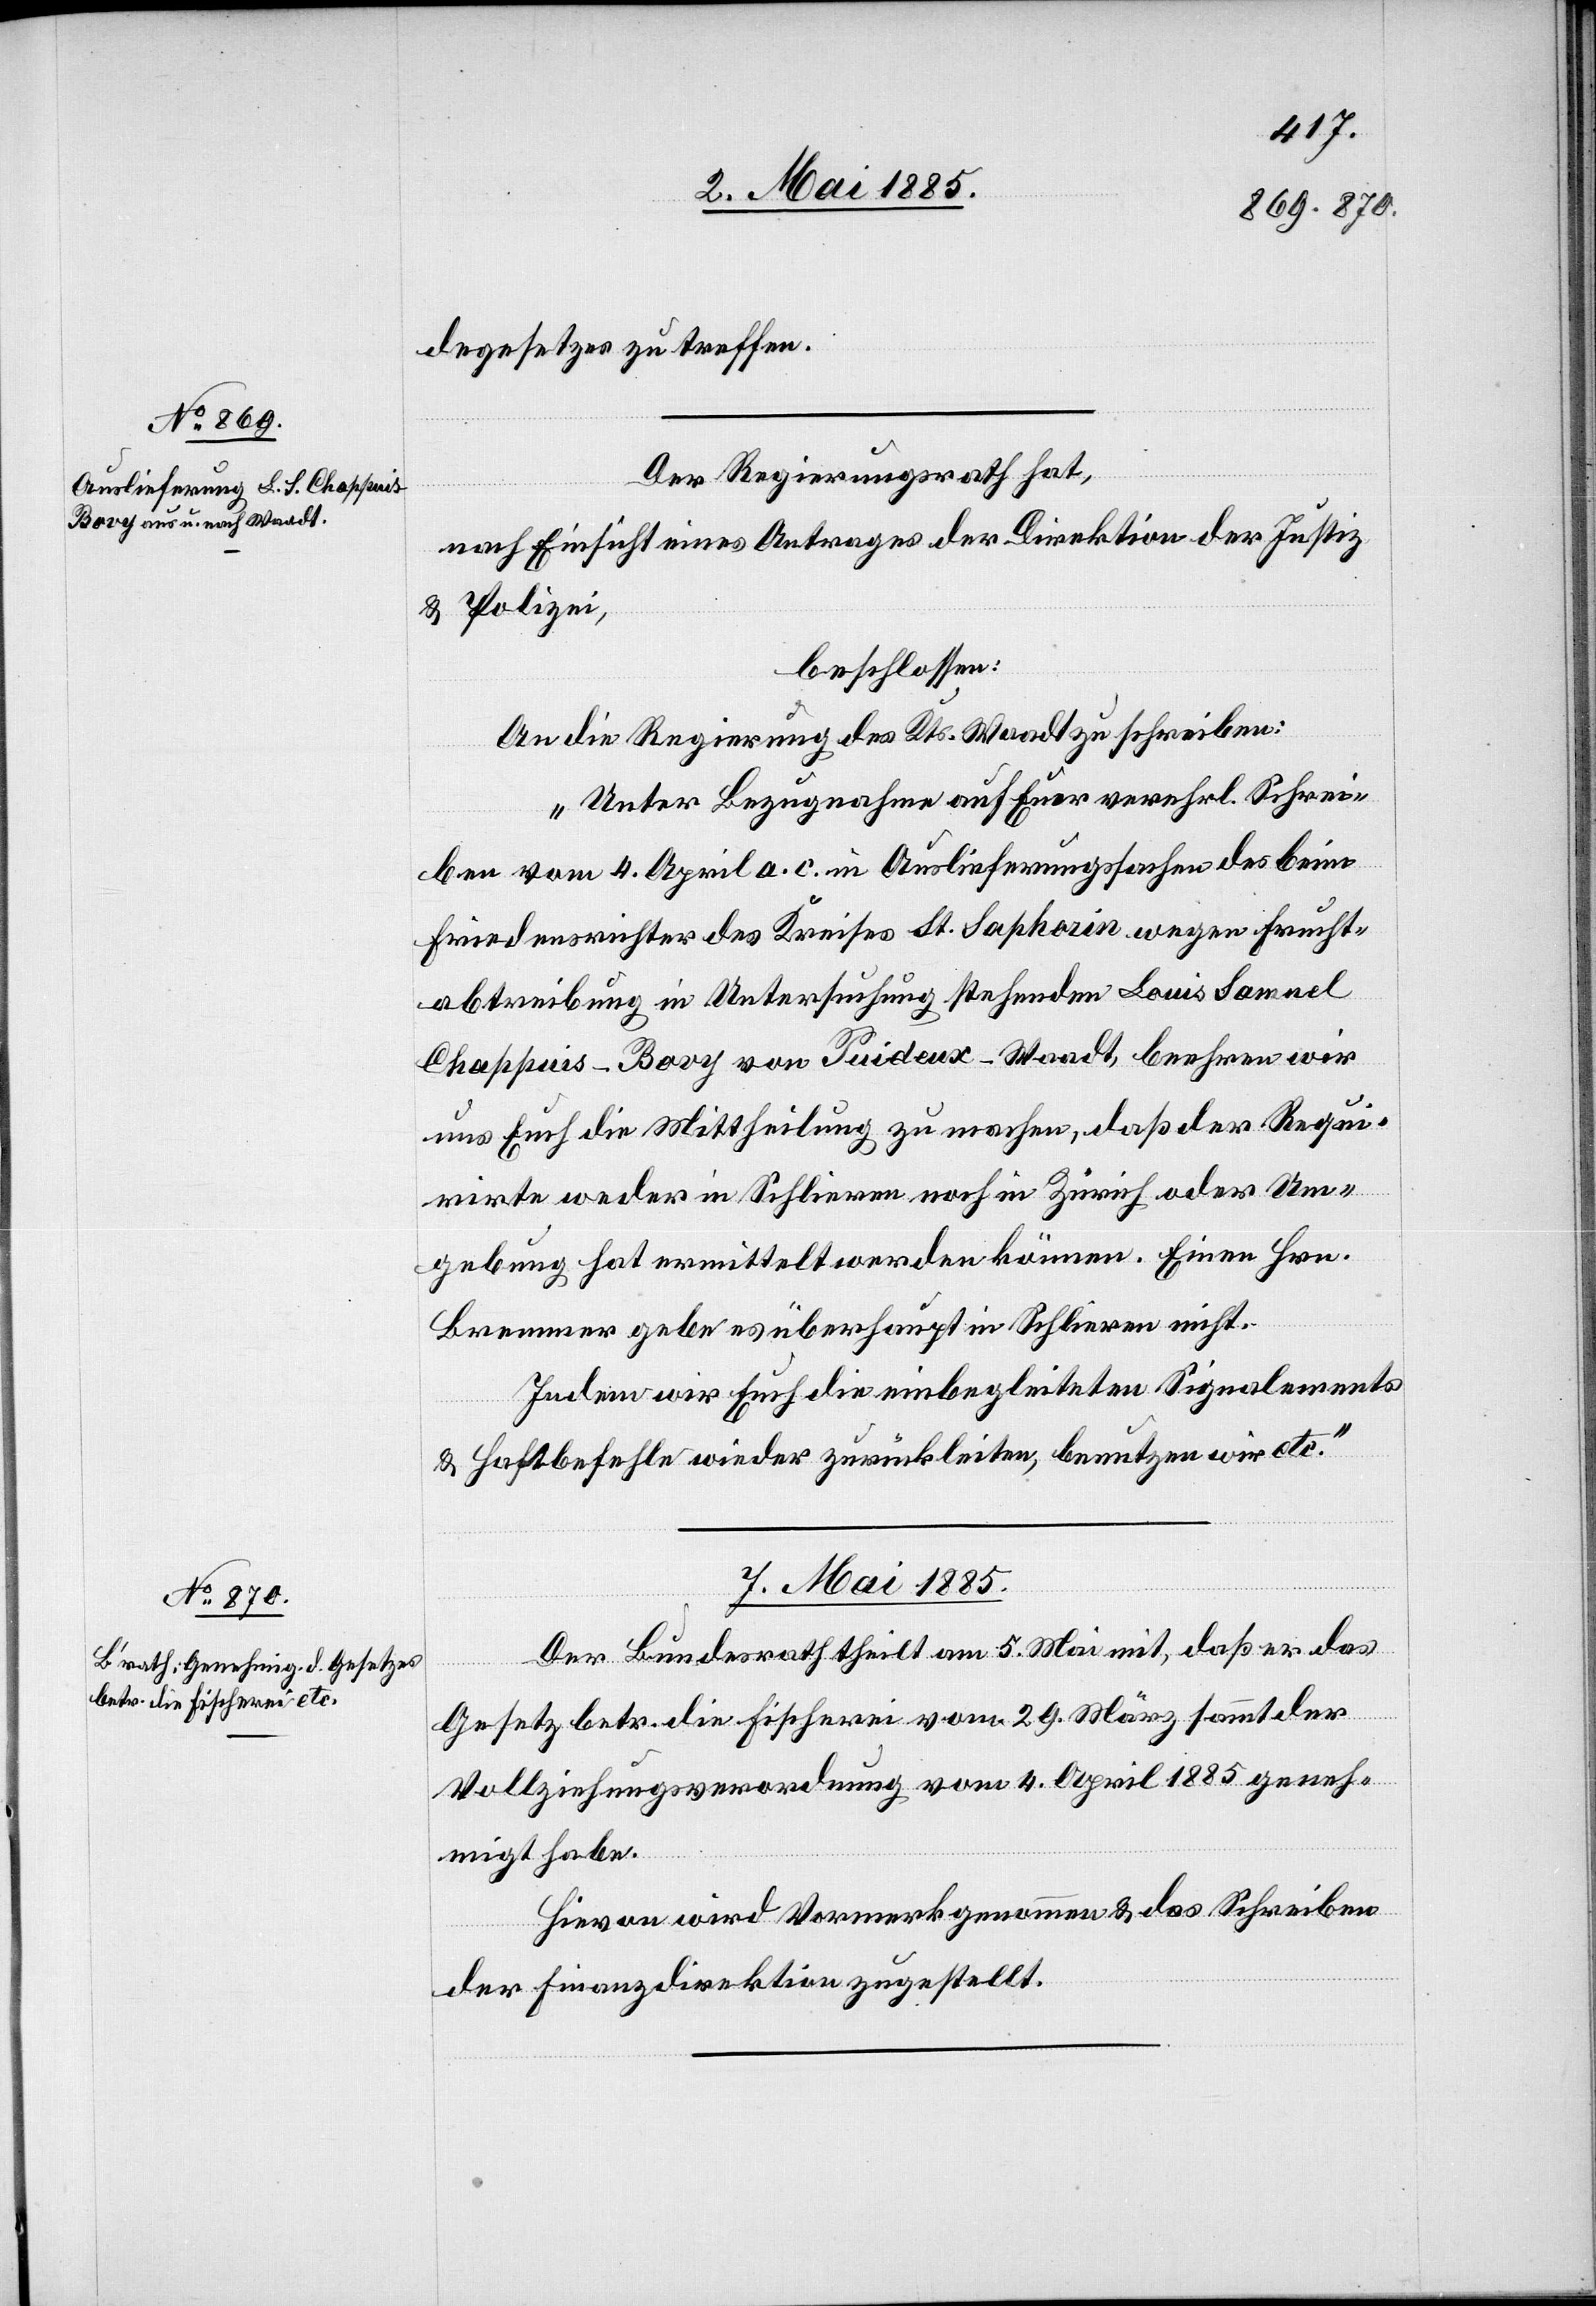
degesetzes zu treffen.
Der Regierungsrath hat,
nach Einsicht eines Antrages der Direktion der Justiz
& Polizei,
beschlossen:
An die Regierung des Kts. Waadt zu schreiben:
„Unter Bezugnahme auf Euer verehrl. Schrei¬
ben vom 4. April a. c. in Auslieferungssachen des beim
Friedensrichter des Kreises St. Saphorin wegen Frucht¬
abtreibung in Untersuchung stehenden Louis Samuel
Chappuis-Bovy von Suideux - Waadt beehren wir
uns Euch die Mittheilung zu machen, daß der Requi¬
rirte weder in Schlieren noch in Zürich oder Um¬
gebung hat ermittelt werden können. Einen Hrn.
Bremmer gebe es überhaupt in Schlieren nicht.
Indem wir Euch die einbegleiteten Signalements
& Haftbefehle wieder zurückleiten, benutzen wir etc.“
07. Mai 1885.
Der Bundesrath theilt am 5. Mai mit, daß er das
Gesetz betr. die Fischerei vom 29. März sammt der
Vollziehungsverordnung vom 4. April 1885 geneh¬
migt habe.
Hievon wird Vormerk genommen & das Schreiben
der Finanzdirektion zugestellt.